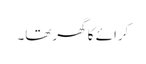
کرائے کا گھرتھا۔